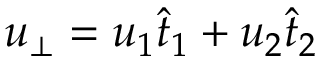
u _ { \bot } = u _ { 1 } \widehat { t } _ { 1 } + u _ { 2 } \widehat { t } _ { 2 }